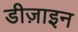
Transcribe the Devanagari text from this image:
डीज़ाइन